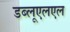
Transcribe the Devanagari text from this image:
डब्लूएलएल